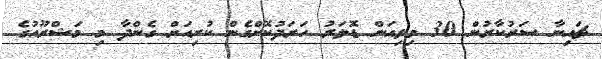
ޗައިނާ ސަރުކާރުން 30 މިލިއަން ޑޮލަރު ހަރަދުކޮށްގެން ކުރިއަށް ގެންދާ މި މަޝްރޫއުގެ